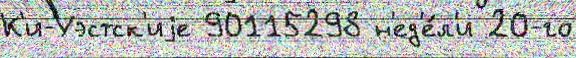
К'и-Уэстск'иjе 90115298 н'ед'е́л'и 20-го